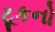
ટૂકનો